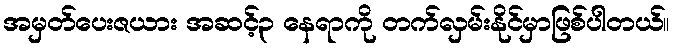
အမှတ်ပေးဇယား အဆင့်၃ နေရာကို တက်လှမ်းနိုင်မှာဖြစ်ပါတယ်။